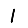
Digit: 1